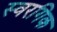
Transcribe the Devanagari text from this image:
स्वरगिक